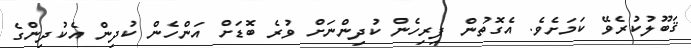
ޤަބޫލުކުރެވޭ ކަމަށެވެ. އެގޮތުން ފިރިހެން ކުދިންނަށް ވުރެ ބޮޑަށް އަންހެން ކުދިން އެކުދިންގެ